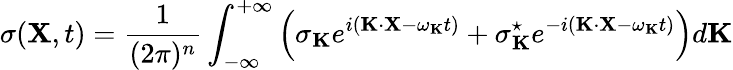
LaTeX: \sigma({\mathbf X},t)=\frac{1}{(2\pi)^{n}}\int_{-\infty}^{+\infty}\left(\sigma_{\mathbf K}e^{i({\mathbf K}\cdot{\mathbf X}-\omega_{\mathbf K}t)}+\sigma_{\mathbf K}^{\star}e^{-i({\mathbf K}\cdot{\mathbf X}-\omega_{\mathbf K}t)}\right)d{\mathbf K}